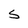
Character: S